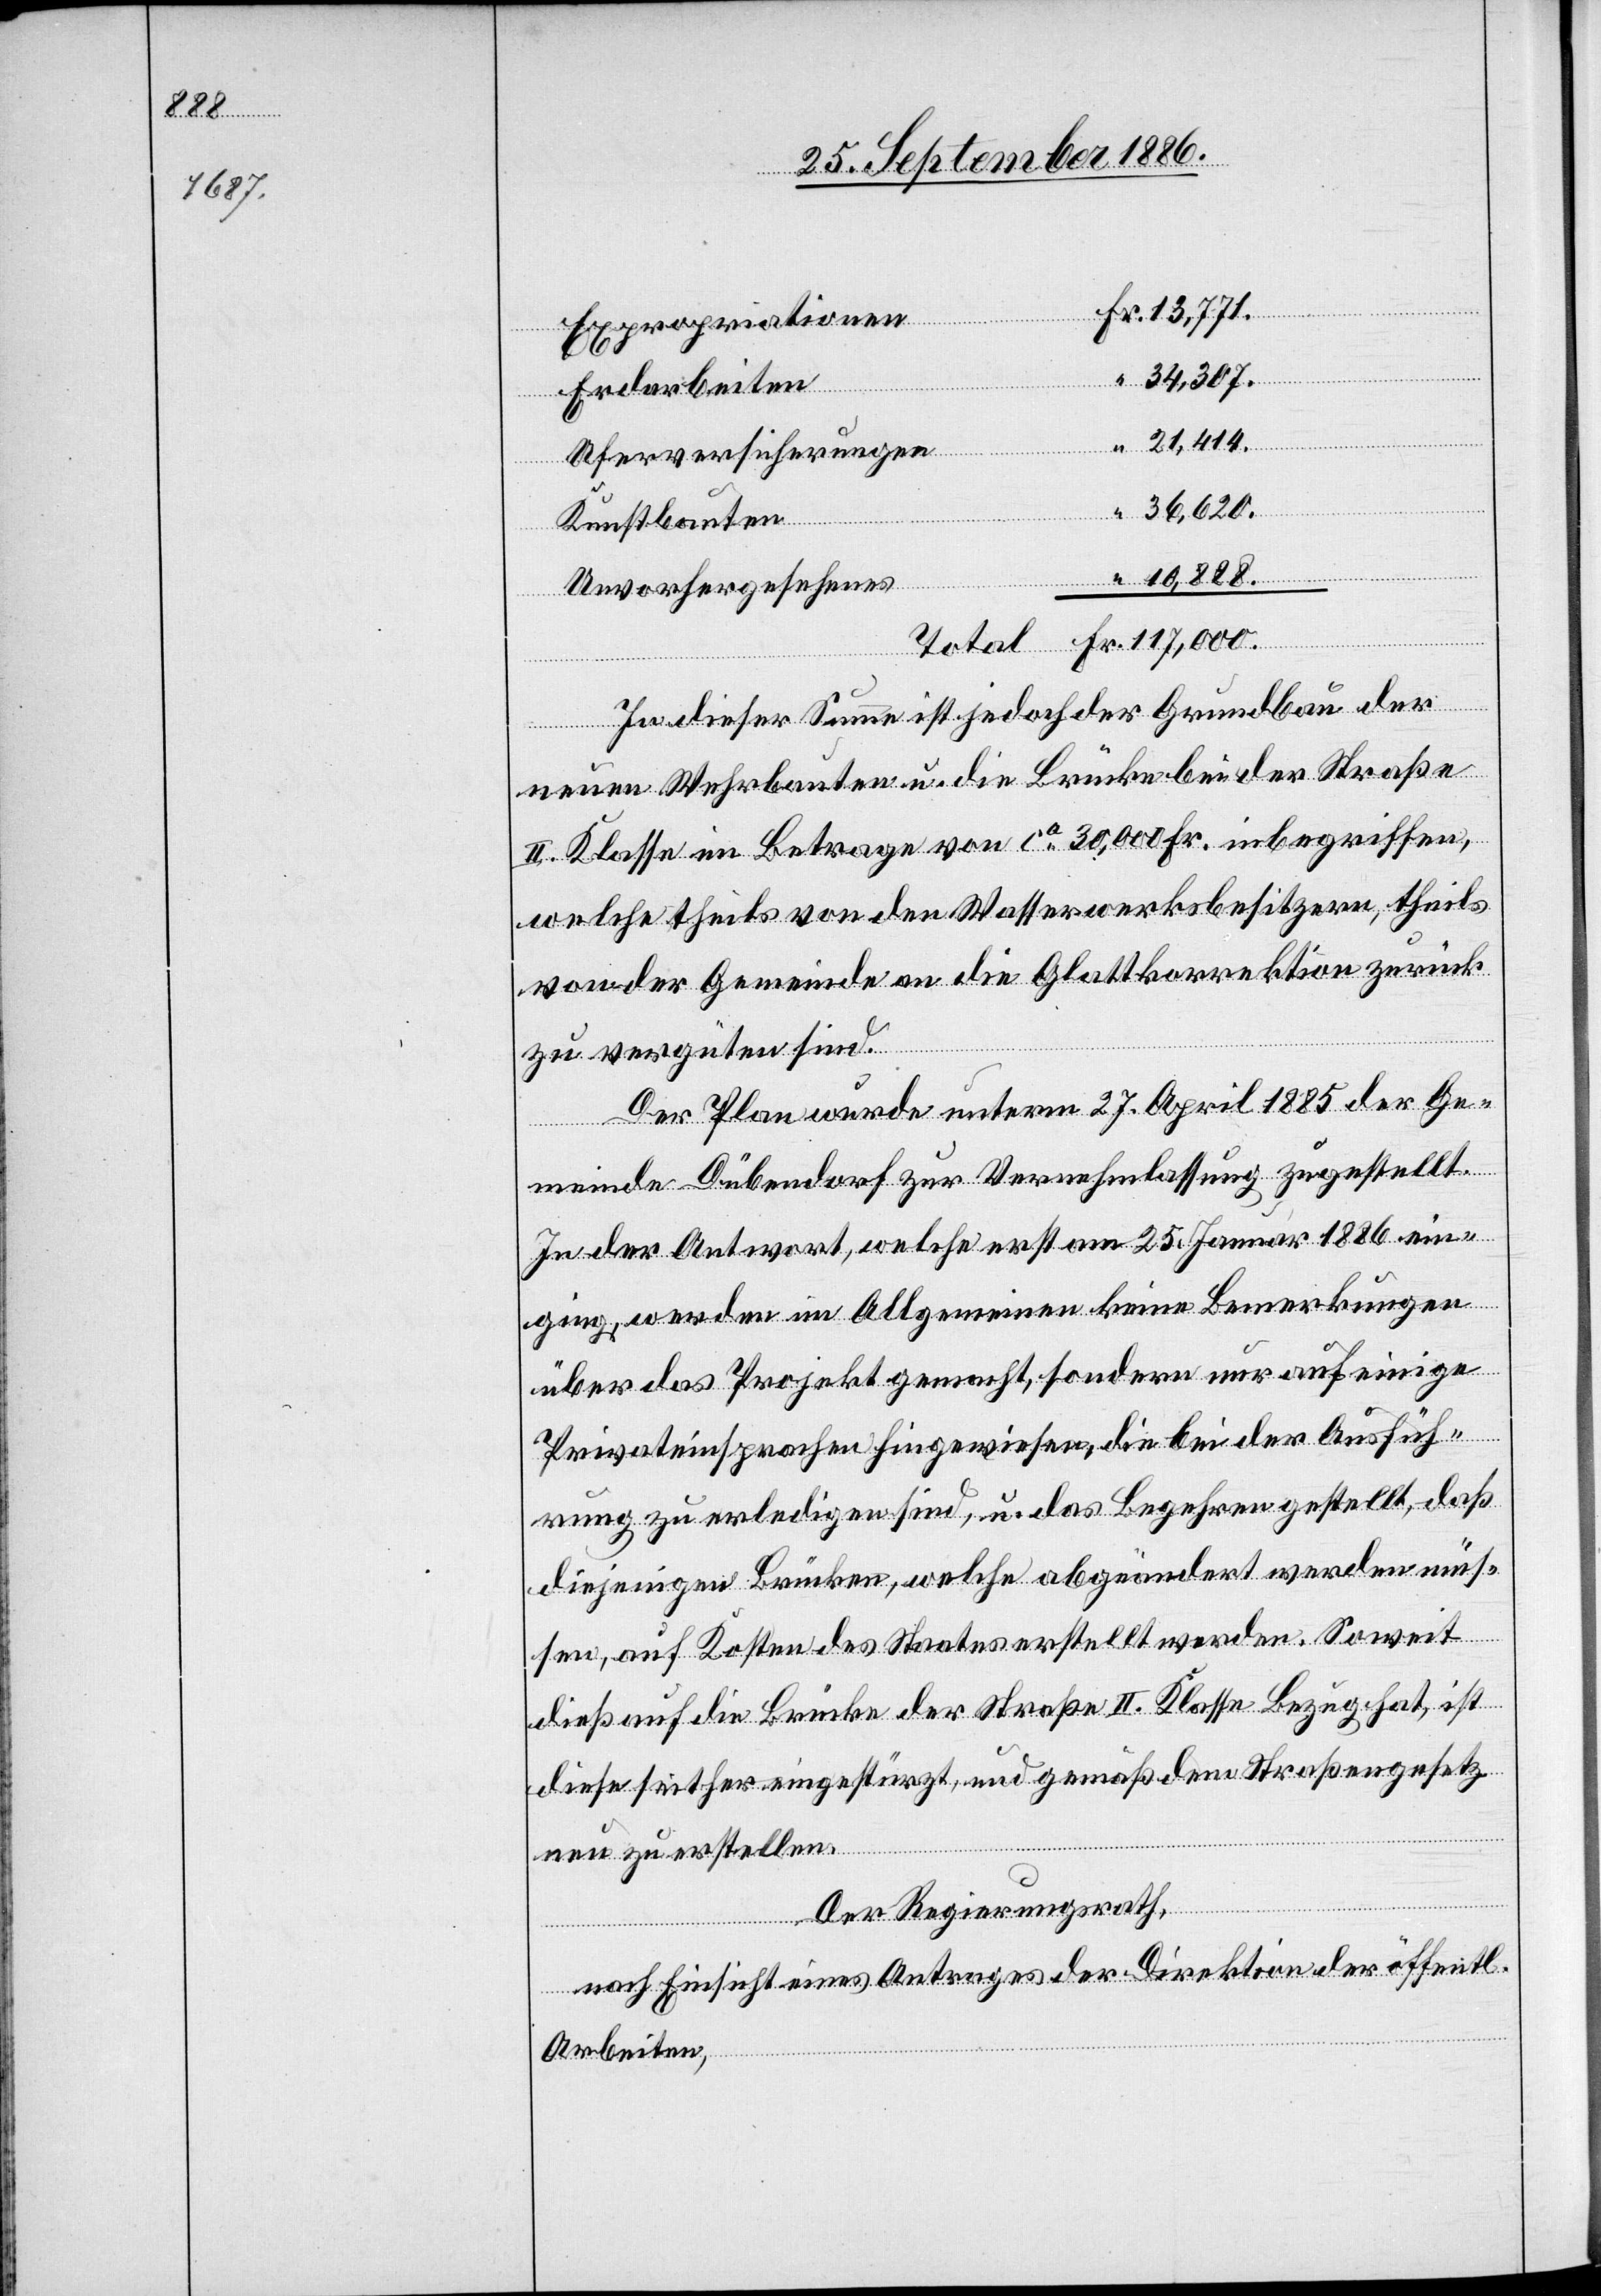
34,307.
Unvorhergesehenes
Erdarbeiten
21,414.
Uferversicherungen
“
36,620.
Kunstbauten
Fr.
In dieser Summe ist jedoch der Grundbau der
neuen Wehrbauten u. die Brücke bei der Straße
II. Klasse im Betrage von ca 30,000 Fr. inbegriffen,
welche theils von den Wasserwerksbesitzern, theils
von der Gemeinde an die Glattkorrektion zurück
zu vergüten sind.
Der Plan wurde unterm 27. April 1885 der Ge¬
meinde Dübendorf zur Vernehmlassung zugestellt.
In der Antwort, welche erst am 25. Januar 1886 ein¬
ging, werden im Allgemeinen keine Bemerkungen
über das Projekt gemacht, sondern nur auf einige
Privateinsprachen hingewiesen, die bei der Ausfüh¬
rung zu erledigen sind, u. das Begehren gestellt, daß
diejenigen Brücken, welche abgeändert werden müs¬
sen, auf Kosten des Staates erstellt werden. Soweit
dieß auf die Brücke der Straße II. Klasse Bezug hat, ist
diese seither eingestürzt, und gemäß dem Straßengesetz
neu zu erstellen.
“
Der Regierungsrath,
nach Einsicht eines Antrages der Direktion der öffentl.
Total
Arbeiten,